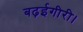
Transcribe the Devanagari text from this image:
बढ़ईगीरी।